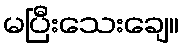
မပြီးသေးချေ။